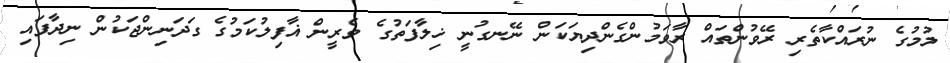
ލުމުގެ ނުރައްކާތެރި ރޭވުންތައް ރާވަމުންގެންދިޔަކަން ނޭނގުނީ ޚިލާފަތުގެ ވެރީން ޣާފިލުކަމުގެ ގަދަނިންޖަކުން ނިދާފައި